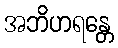
အဘိဟရန္တေ